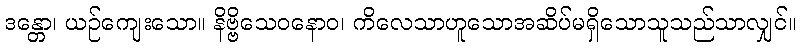
ဒန္တော၊ ယဉ်ကျေးသော။ နိဗ္ဗိသေဝနောဝ၊ ကိလေသာဟူသောအဆိပ်မရှိသောသူသည်သာလျှင်။